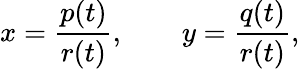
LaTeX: x={\frac{p(t)}{r(t)}},\qquad y={\frac{q(t)}{r(t)}},